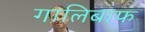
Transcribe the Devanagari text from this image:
गालिबाफ